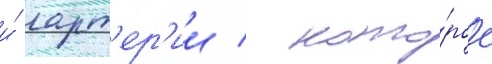
и́ арт'ер'ии / кото́рое